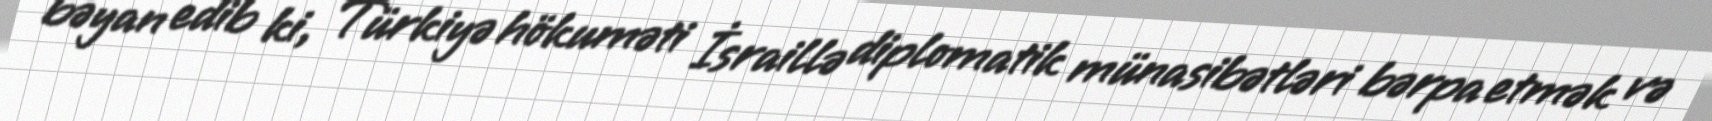
bəyan edib ki, Türkiyə hökuməti İsraillə diplomatik münasibətləri bərpa etmək və